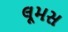
લૂમસ